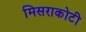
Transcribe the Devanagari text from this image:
मिसराकोटी